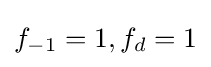
f_{-1}=1,f_{d}=1